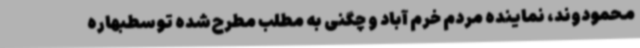
محمودوند، نماینده مردم خرم آباد و چگنی به مطلب مطرح‌شده توسطبهاره